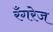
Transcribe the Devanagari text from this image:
रँगरेज